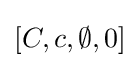
[C,c,\emptyset ,0]